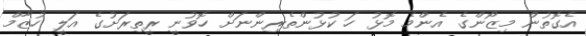
އެގޮތުން މިޒޯންގެ އެންމެ މޮޅު ހަ ކުޅުންތެރިންނަށް ހޮވުނީ ރީތިރަށުގެ އަލީ ހުޒާމް